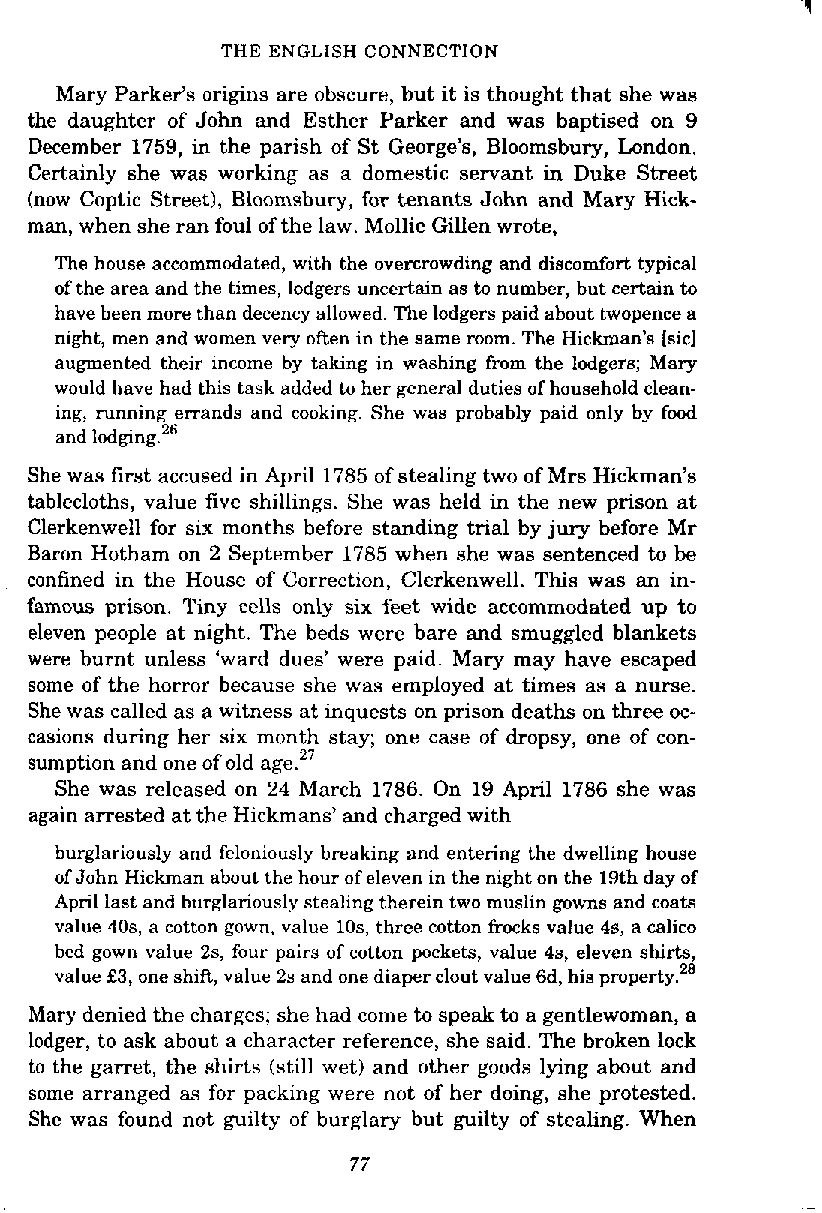
THE ENGLISH CONNECTION
 Mary Parker's origins are obscure, but it is thought that she was
 the daughter of John and Esther Parker and was baptised on 9
 December 1759, in the parish of St George's, Bloomsbury, London.
 Certainly she was working as a domestic servant in Duke Street
 (now Coptic Street), Bloomsbury, for tenants John and Mary Hick-
 man, when she ran foul of the law. Mollie Gillen wrote,
 The house accommodated, with the overcrowding and discomfort typical
 of the area and the times, lodgers uncertain as to number, but certain to
 have been more than decency allowed. The lodgers paid about twopence a
 night, men and women very often in the same room. The Hickman's [sic]
 augmented their income by taking in washing from the lodgers; Mary
 would have had this task added to her general duties of household clean-
 ing, running errands and cooking. She was probably paid only by fwd
 and lodging.26
 She was first accused in April 1785 of stealing two of Mrs Hickman's
 tablecloths, value five shillings. She was held in the new prison at
 Clerkenwell for six months before standing trial by jury before Mr
 Baron Hotham on 2 September 1785 when she was sentenced to be
 confined in the House of Correction, Clerkenwell. This was an in-
 famous prison. Tiny cells only six feet wide accommodated up to
 eleven people at night. The beds were bare and smuggled blankets
 were burnt unless 'ward dues' were paid. Mary may have escaped
 some of the horror because she was employed at times as a nurse.
 She was called as a witness at inquests on prison deaths on three oc-
 casions during her six month stay; one case of dropsy, one of con-
 sumption and one of old age.27
 She was released on 24 March 1786. On 19 April 1786 she was
 again arrested at the Hickmans' and charged with
 burglariously and feloniously breaking and entering the dwelling house
 of John Hickman about the hour of eleven in the night on the 19th day of
 April last and burglariously stealing therein two muslin gowns and coats
 value 40s, a cotton gown, value 10s, three cotton frocks value 4s, a calico
 bed gown value 2s, four pairs of cotton pockets, value 4s, eleven shirts,
 value £3, one shift, value 2s and one diaper clout value 6d, his property.28
 Mary denied the charges; she had come to speak to a gentlewoman, a
 lodger, to ask about a character reference, she said. The broken lock
 to the garret, the shirts (still wet) and other goods lying about and
 some arranged as for packing were not of her doing, she protested.
 She was found not guilty of burglary but guilty of stealing. When
 77